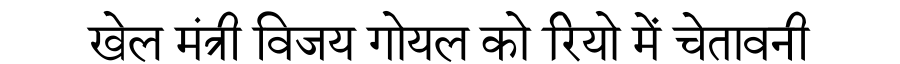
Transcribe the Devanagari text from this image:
खेल मंत्री विजय गोयल को रियो में चेतावनी